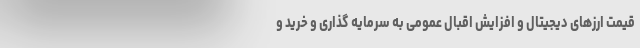
قیمت ارزهای دیجیتال و افزایش اقبال عمومی به سرمایه گذاری و خرید و